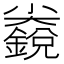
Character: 𱚬